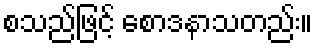
စသည်ဖြင့် စောဒနာသတည်း။